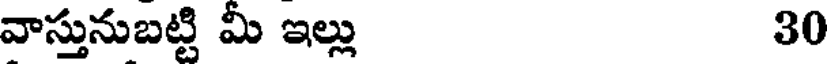
వాస్తునుబట్టి మీ ఇల్లు 30